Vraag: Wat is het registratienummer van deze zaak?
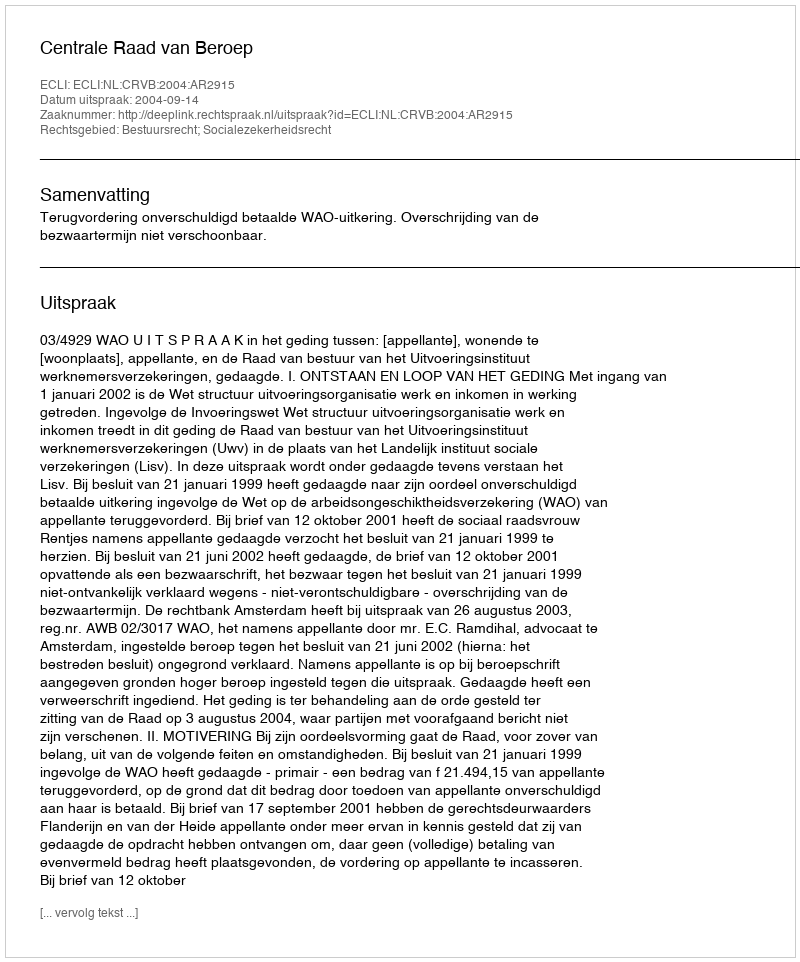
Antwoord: http://deeplink.rechtspraak.nl/uitspraak?id=ECLI:NL:CRVB:2004:AR2915